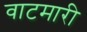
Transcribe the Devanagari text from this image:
वाटमारी